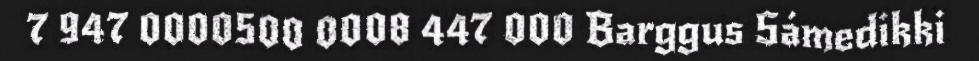
7 947 0000500 0008 447 000 Barggus Sámedikki